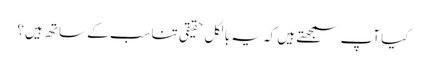
کیا آپ سمجھتے ہیں کہ یہ بالکل حقیقی تناسب کے ساتھ ہیں؟